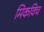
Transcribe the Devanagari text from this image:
मिकविच